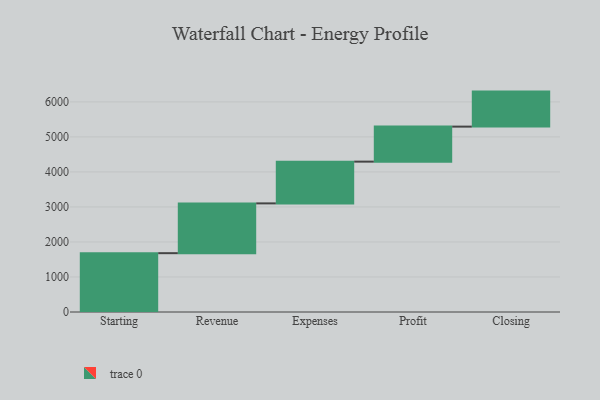
{"axis": {"x": "Step", "y": "Value"}, "legend": [""], "data": [{"x": "Starting", "y": 1680.0, "type": ""}, {"x": "Revenue", "y": 1422.0, "type": ""}, {"x": "Expenses", "y": 1192.0, "type": ""}, {"x": "Profit", "y": 1000, "type": ""}, {"x": "Closing", "y": 1000, "type": ""}]}